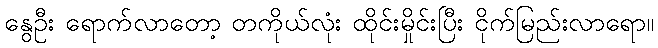
နွေဦး ရောက်လာတော့ တကိုယ်လုံး ထိုင်းမှိုင်းပြီး ငိုက်မြည်းလာရော။